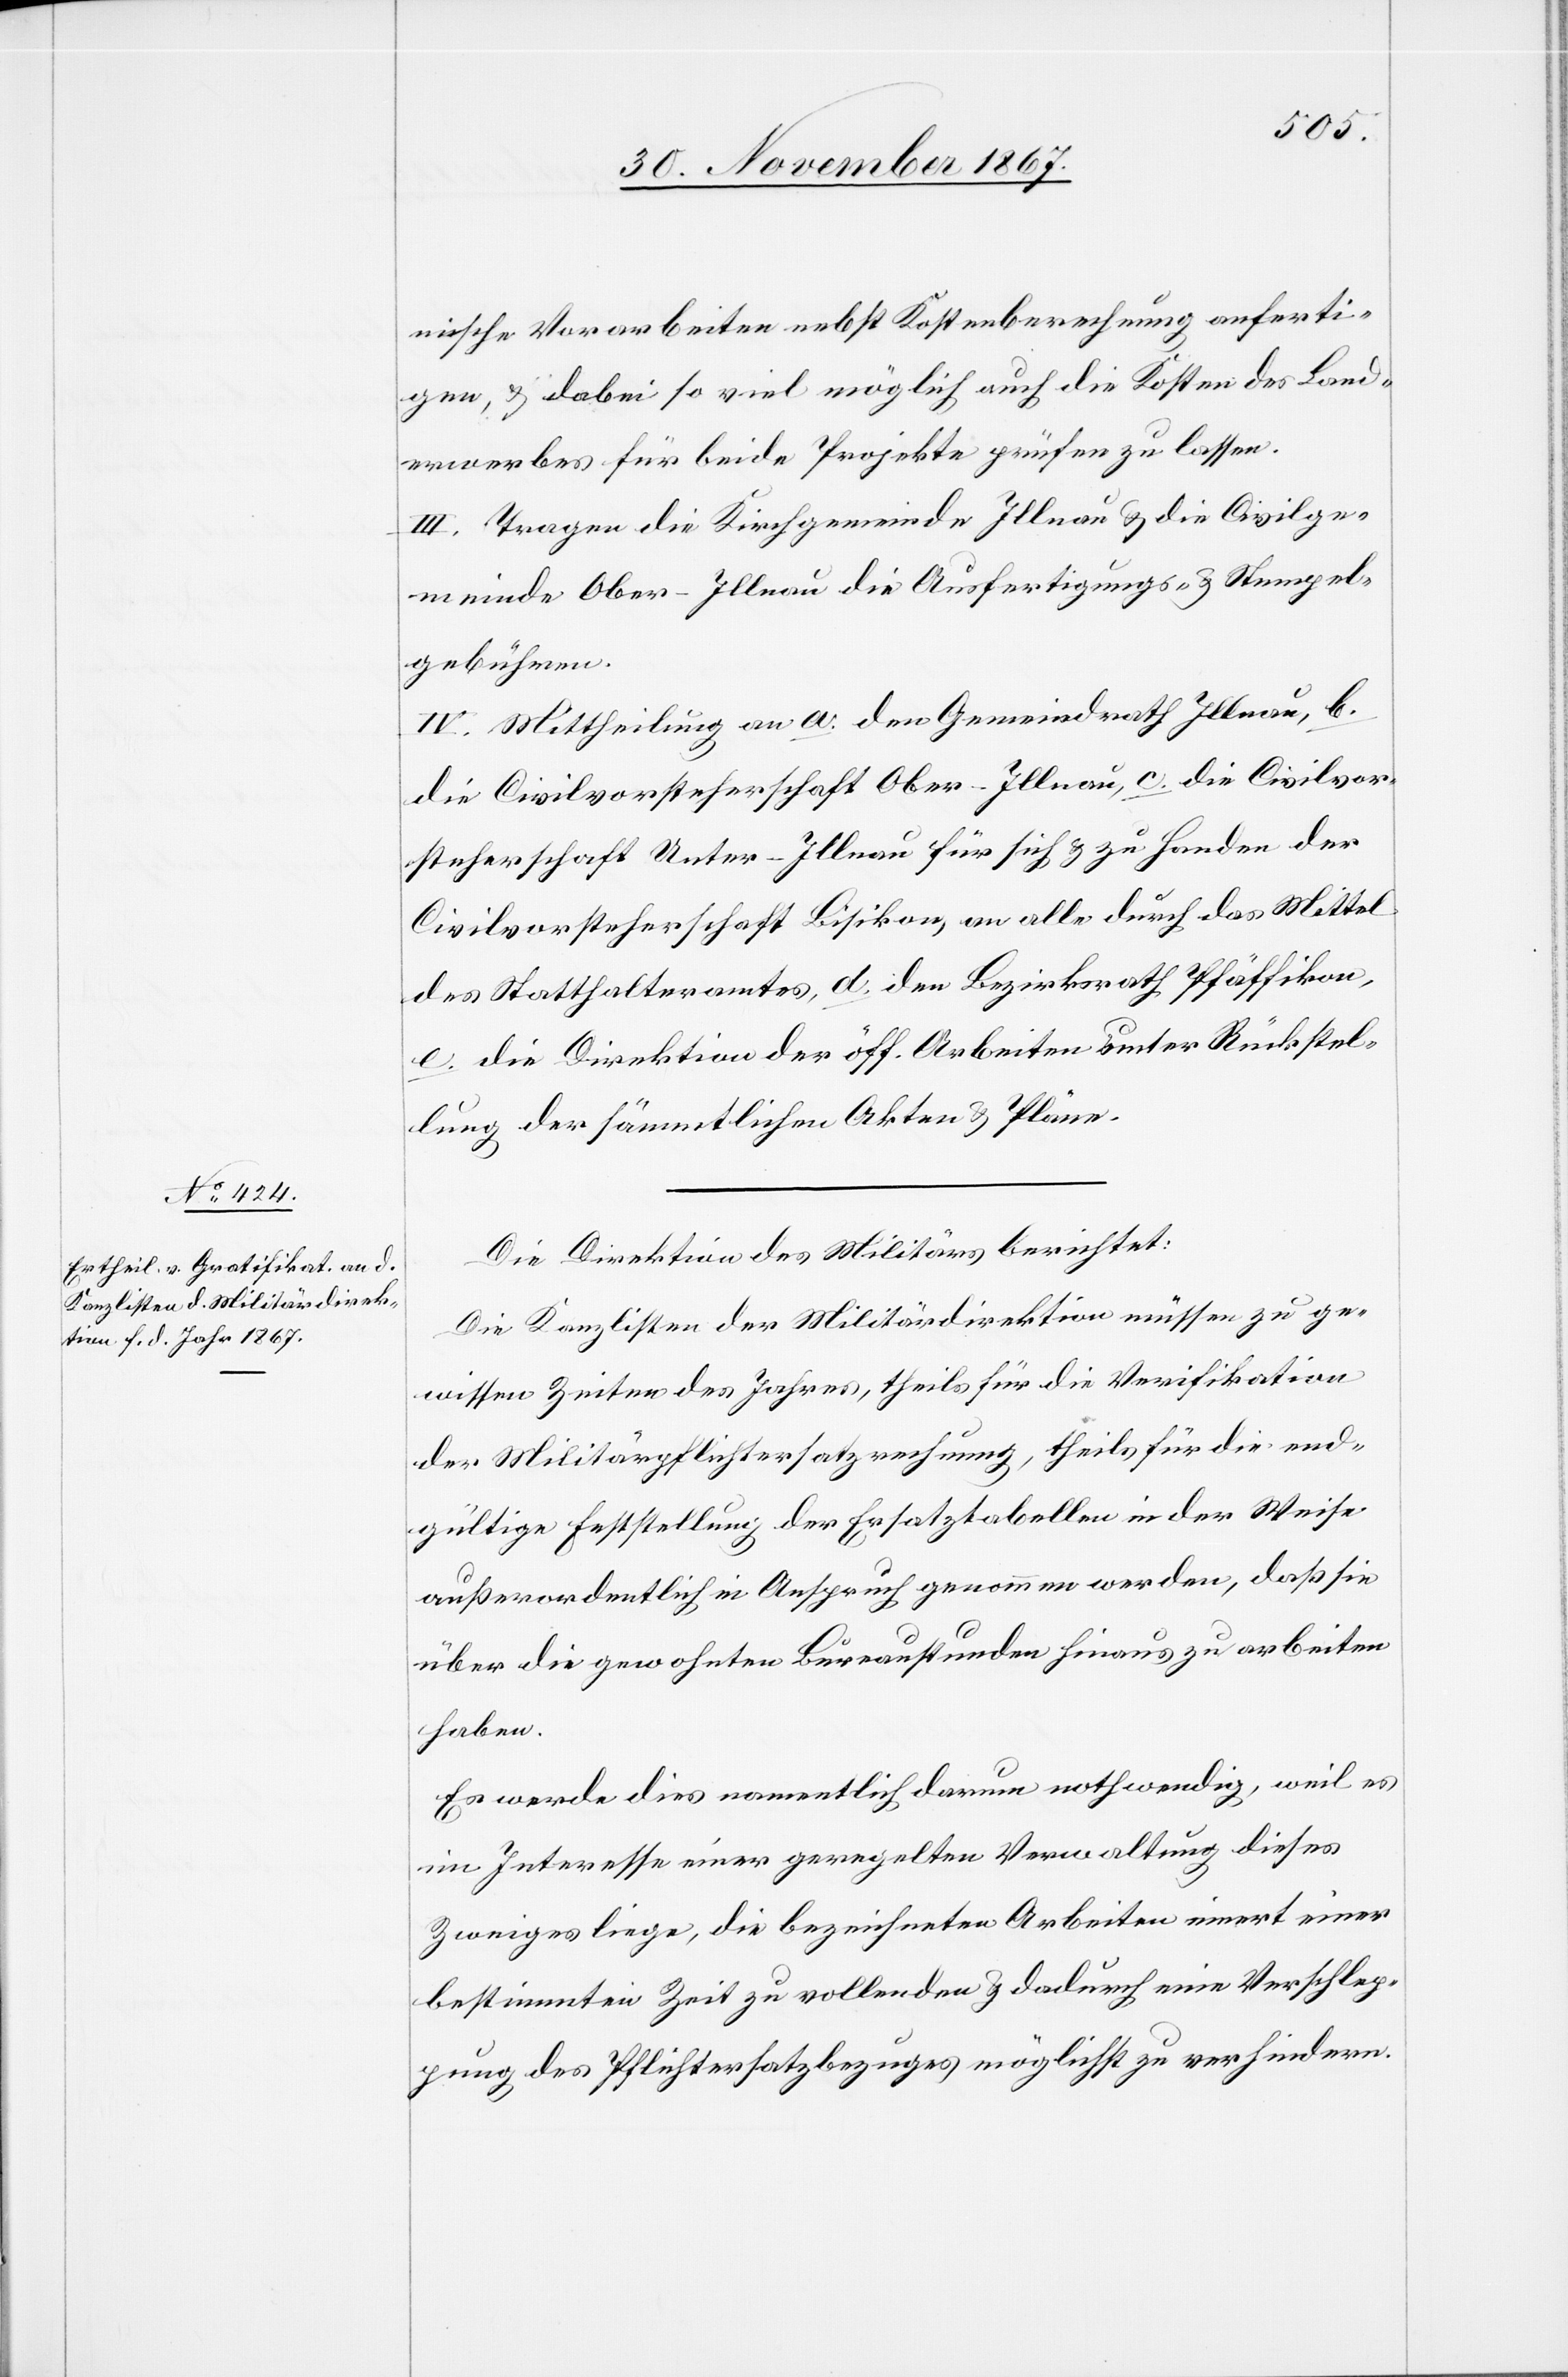
nische Vorarbeiten nebst Kostenberechnung anferti¬
gen, u. dabei so viel möglich auch die Kosten des Land¬
erwerbes für beide Projekte prüfen zu lassen.
III. Tragen die Kirchgemeinde Illnau u. die Civilge¬
meinde Ober-Illnau die Ausfertigungs- u. Stempel¬
gebühren.
IV. Mittheilung an a. den Gemeindrath Illnau, b.
die Civilvorsteherschaft Ober-Illnau, c. die Civilvor¬
steherschaft Unter-Illnau für sich u. zu Handen der
Civilvorsteherschaft Bisikon, an alle durch das Mittel
des Statthalteramtes, d. den Bezirksrath Pfäffikon,
e. die Direktion der öff. Arbeiten unter Rückstel¬
lung der sämmtlichen Akten u. Pläne.
Die Direktion des Militärs berichtet:
Die Kanzlisten der Militärdirektion müssen zu ge¬
wissen Zeiten des Jahres, theils für die Verifikation
der Militärpflichtersatzrechnung, theils für die end¬
gültige Feststellung der Ersatztabellen in der Weise
außerordentlich in Anspruch genommen werden, daß sie
über die gewohnten Bureaustunden hinaus zu arbeiten
haben.
Es werde dies namentlich darum nothwendig, weil es
im Interesse einer geregelten Verwaltung dieses
Zweiges liege, die bezeichneten Arbeiten innert einer
bestimmten Zeit zu vollenden u. dadurch eine Verschlep¬
pung des Pflichtersatzbezuges möglichst zu verhindern.